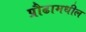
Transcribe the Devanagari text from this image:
प्रौढामधील